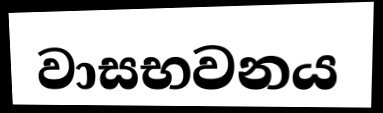
වාසභවනය